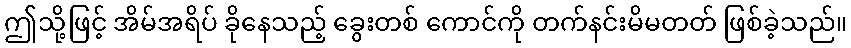
ဤသို့ဖြင့် အိမ်အရိပ် ခိုနေသည့် ခွေးတစ် ကောင်ကို တက်နင်းမိမတတ် ဖြစ်ခဲ့သည်။